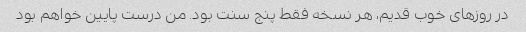
در روزهای خوب قدیم، هر نسخه فقط پنج سنت بود. من درست پایین خواهم بود